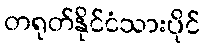
တရုတ်နိုင်ငံသားပိုင်